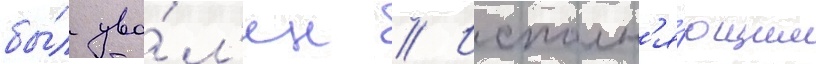
бы́л уво́л'ен // Исполн'я́ющим